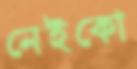
নেইকো